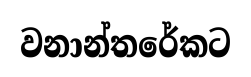
වනාන්තරේකට